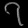
Digit: ၇